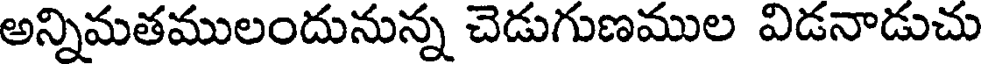
అన్నిమతములందునున్న చెడుగుణముల విడనాడుచు